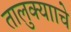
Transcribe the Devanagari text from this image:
तालुक्यााचे